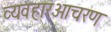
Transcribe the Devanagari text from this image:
व्यवहारआचरण